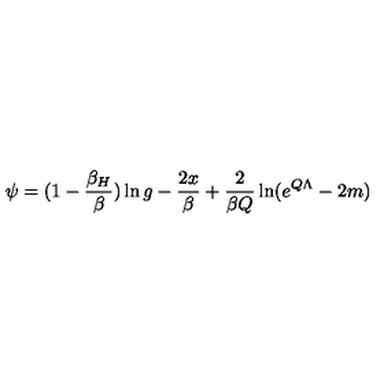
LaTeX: \psi = ( 1 - { \frac { \beta _ { H } } { \beta } } ) \ln g - { \frac { 2 x } { \beta } } + { \frac { 2 } { \beta Q } } \ln ( e ^ { Q \Lambda } - 2 m )